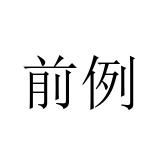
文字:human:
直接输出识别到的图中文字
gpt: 前例